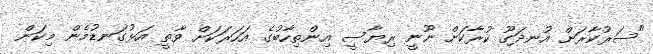
"ސަރުކާރަށް އުނދަގޫ ކުރާކަށް ނޫނީ ރިޔާސީ އިންތިހާބުގެ އަހަރަކަށް ވާތީ އަޅުގަނޑުމެން މިކަން